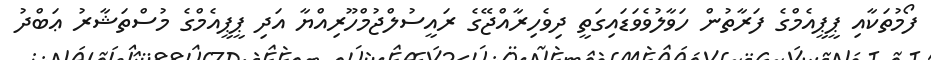
ފޯމުތަކާއި ޕީޕީއެމްގެ ފަރާތުން ހަވާލުވެވަޑައިގަތީ ދިވެހިރާއްޖޭގެ ރައީސުލްޖުމްހޫރިއްޔާ އަދި ޕީޕީއެމްގެ މުސްތަޝާރު ޢަބްދު